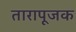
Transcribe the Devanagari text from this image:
तारापूजक